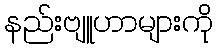
နည်းဗျူဟာများကို